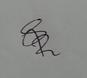
Signature authenticity: genuine